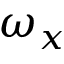
\omega _ { x }